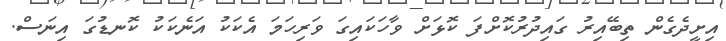
އިށީދެގެން ތިބޭއިރު ގައިދުރުކޮށްފަ ކޮޅަށް ވާހަކައިގަ ވަރިހަމަ އެކަކު އަނެކަކު ކޮނޑުގަ އިނަސް.